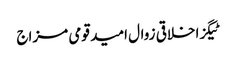
ٹیگزاخلاقی زوال امید قومی مزاج